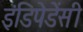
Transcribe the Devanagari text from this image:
इंडिपेडेंसी